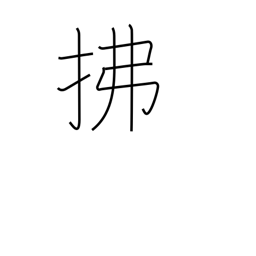
Meaning: sweep away